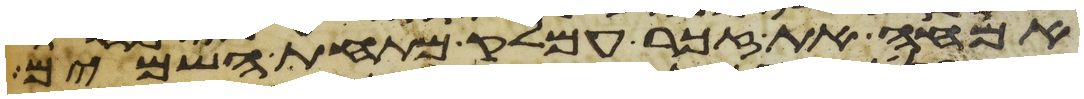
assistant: אמחה את זכר עמלק מתחת השמים